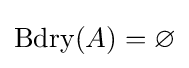
\operatorname {Bdry} (A)=\varnothing